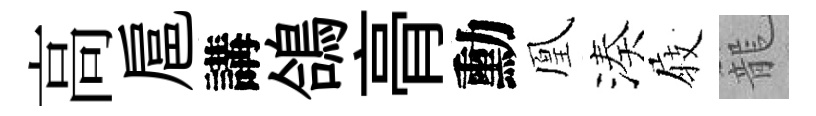
高扈講鴿𮌔勳凰湊𡲆籠